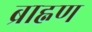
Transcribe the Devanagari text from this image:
ब्राह्नण